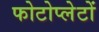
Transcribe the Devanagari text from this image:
फोटोप्लेटों